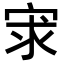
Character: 𡨃